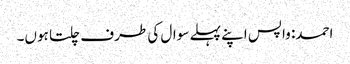
احمد: واپس اپنے پہلے سوال کی طرف چلتا ہوں۔